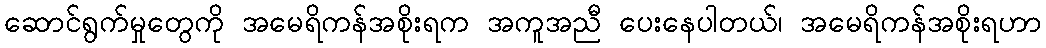
ဆောင်ရွက်မှုတွေကို အမေရိကန်အစိုးရက အကူအညီ ပေးနေပါတယ်၊ အမေရိကန်အစိုးရဟာ